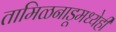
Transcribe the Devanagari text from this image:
तामिळनाडूमध्येही